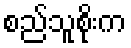
စည်သူစိုးက